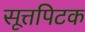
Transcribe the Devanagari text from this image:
सूत्तपिटक